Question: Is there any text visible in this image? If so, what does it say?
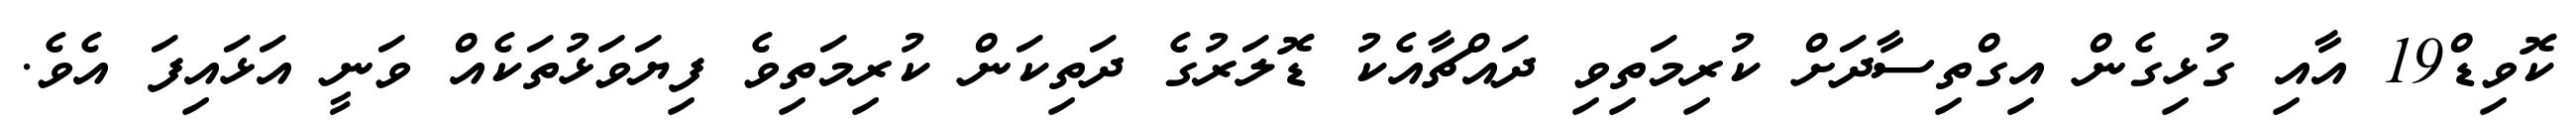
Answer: ކޮވިޑް19 އާއި ގުޅިގެން އިގްތިސާދަށް ކުރިމަތިވި ދައްޗާއެކު ޑޮލަރުގެ ދަތިކަން ކުރިމަތިވެ ފިޔަވަޅުތަކެއް ވަނީ އަޅައިފަ އެވެ.